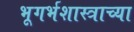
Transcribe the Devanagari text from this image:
भूगर्भशास्त्राच्या